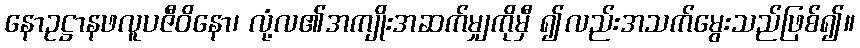
နောဥဋ္ဌာနဖလူပဇီဝိနော၊ လုံ့လ၏အကျိုးအဆက်မျှကိုမှီ ၍လည်းအသက်မွေးသည်ဖြစ်၍။